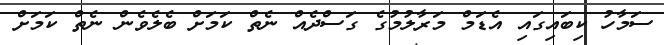
ސަމާހު ކިބައިގައި އެޑަމް މަރާލުމުގެ ގަސްދެއް ނެތް ކަމަށް ބެލެވެން ނެތް ކަމަށް